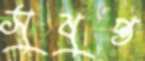
সুষুপ্ত